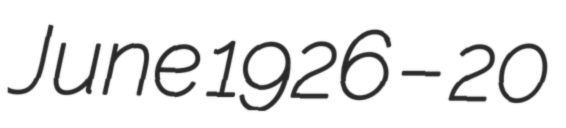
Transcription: June 1926 – 20